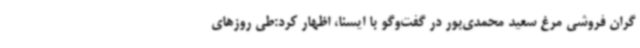
گران فروشی مرغ سعید محمدی‌پور در گفت‌وگو با ایسنا، اظهار کرد:طی روزهای